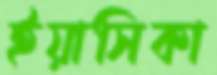
ইয়াসিকা